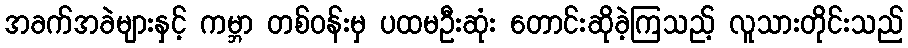
အခက်အခဲများနှင့် ကမ္ဘာ တစ်ဝန်းမှ ပထမဦးဆုံး တောင်းဆိုခဲ့ကြသည့် လူသားတိုင်းသည်